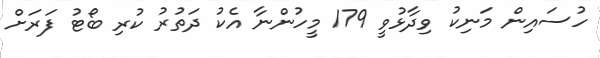
ހުސައިން މަނިކު ވިދާޅުވީ 179 މީހުންނާ އެކު ދަތުރު ކުރި ބޯޓު ފަރަށް